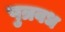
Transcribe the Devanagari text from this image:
पुत्रवध